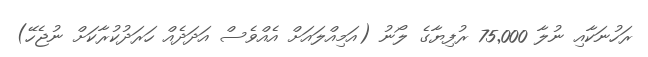
ރަހުނަކާއި ނުލާ 75